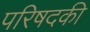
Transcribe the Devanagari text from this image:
परिषदकी